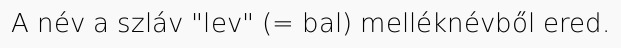
A név a szláv "lev" (= bal) melléknévből ered.